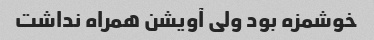
خوشمزه بود ولی آویشن همراه نداشت